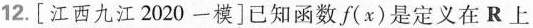
12.[江西九江2020-模]已知函数f(x)是定义在R上